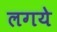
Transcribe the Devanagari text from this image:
लगये